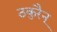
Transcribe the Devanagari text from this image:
ठकुरैन्